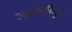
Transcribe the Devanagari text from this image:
जवळकीमुळे